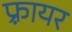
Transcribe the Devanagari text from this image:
फ़्रायर